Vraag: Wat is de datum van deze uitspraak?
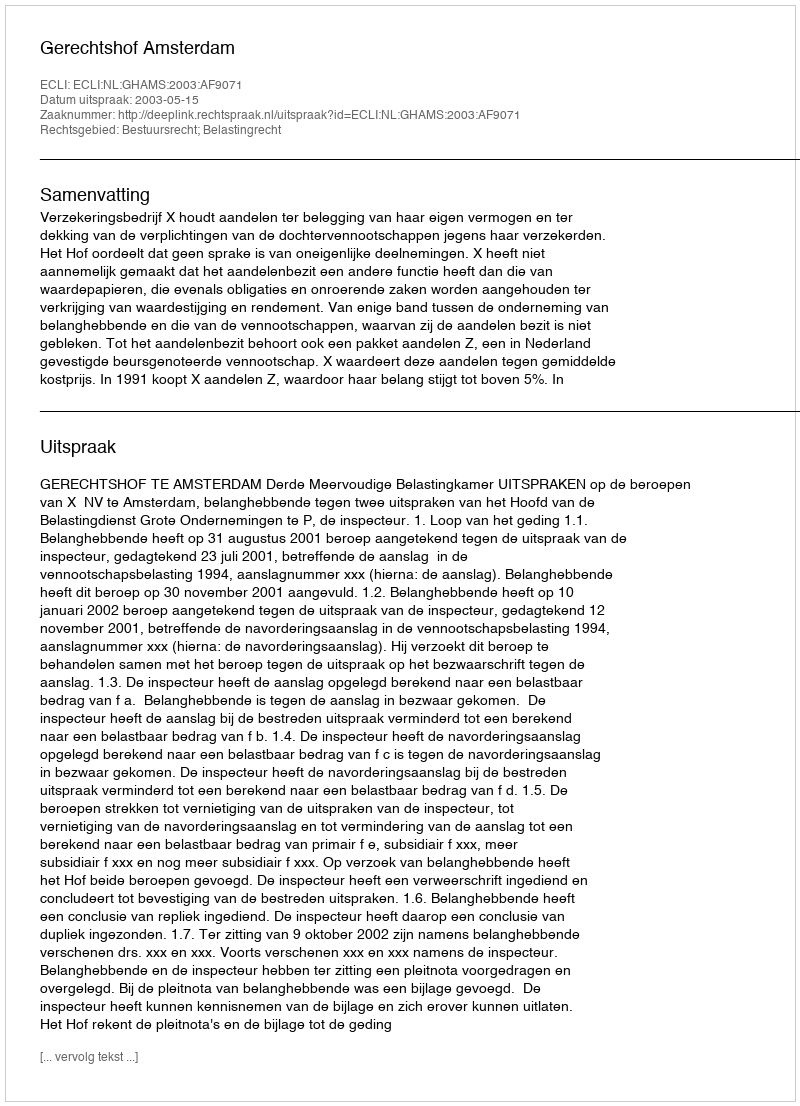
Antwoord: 2003-05-15